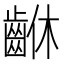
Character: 𪘆